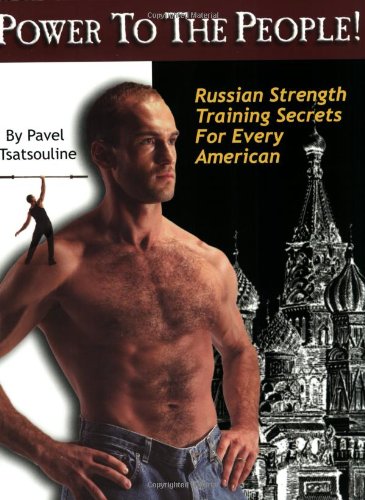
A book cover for Power to the People! : Russian Strength Training Secrets for Every American; Pavel Tsatsouline; Health, Fitness & Dieting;